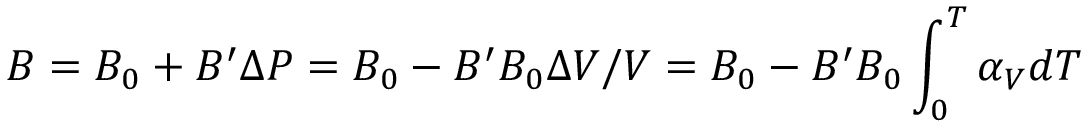
B = B _ { 0 } + B ^ { \prime } \Delta P = B _ { 0 } - B ^ { \prime } B _ { 0 } \Delta V / V = B _ { 0 } - B ^ { \prime } B _ { 0 } \int _ { 0 } ^ { T } \alpha _ { V } d T